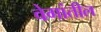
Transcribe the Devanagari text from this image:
वेगांतील